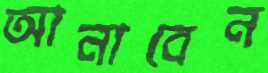
আনাবেন